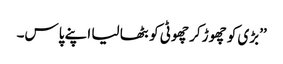
’’بڑی کو چھوڑ کر چھوٹی کو بٹھا لیا اپنے پاس۔